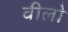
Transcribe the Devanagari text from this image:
वीलो